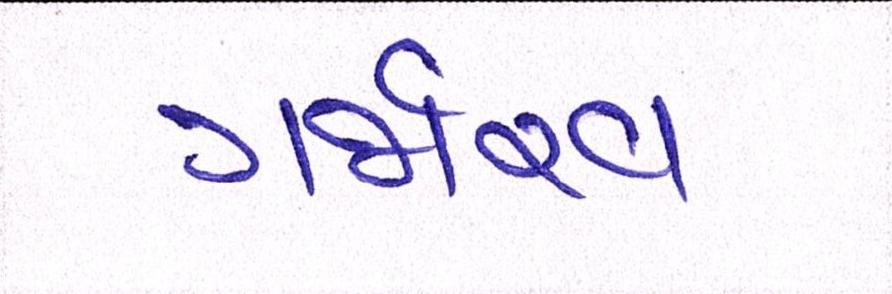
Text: ગર્જારવ